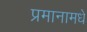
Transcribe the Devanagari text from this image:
प्रमानामधे